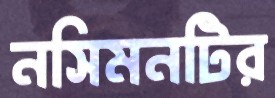
নসিমনটির